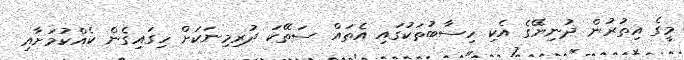
މީގެ އިތުރުން ދުނިޔޭގެ އެކި ހިސާބުތަކުގައި އެތައް ސަތޭކަ ދުރިމިނަކަށް ހިގައިގެން ކެއްކުމަށާއި